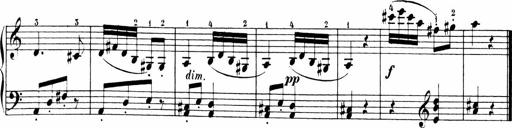
Title: 6 Sonatinas
Composer: Carl Reinecke